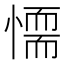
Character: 𢡼